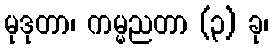
မုဒုတာ၊ ကမ္မညတာ (၃) ခု၊